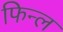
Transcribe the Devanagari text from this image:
फिन्ल